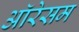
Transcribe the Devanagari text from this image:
ऑरेसम